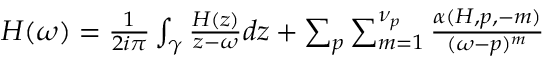
\begin{array} { r } { H ( \omega ) = \frac { 1 } { 2 i \pi } \int _ { \gamma } \frac { H ( z ) } { z - \omega } d z + \sum _ { p } \sum _ { m = 1 } ^ { \nu _ { p } } \frac { \alpha ( H , p , - m ) } { ( \omega - p ) ^ { m } } } \end{array}